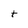
Character: t